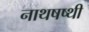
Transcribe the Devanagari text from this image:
नाथषष्थी